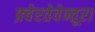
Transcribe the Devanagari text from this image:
फ़्वेरतेवेन्तूरा